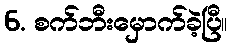
6. စက်ဘီးမှောက်ခဲ့ပြီ။